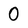
Character: 0